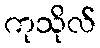
ကုသိုလ်